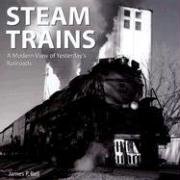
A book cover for Steam Trains: A Modern View of Yesterday's Railroads; James P Bell; Arts & Photography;